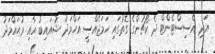
އަދި އެސިސްޓެންޓް ދެ ކޯޗުންގެ ގޮތުގައި ހަމަޖެއްސީ އަހްމަދު ޝުއައިބު އާއި މުޙައްމަދު